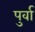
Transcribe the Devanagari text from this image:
पुर्वा